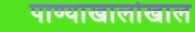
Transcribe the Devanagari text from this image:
पाण्याखालोखाल